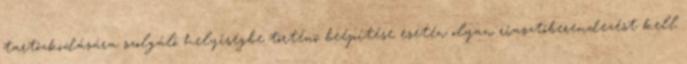
tartózkodására szolgáló helyiségbe történõ beépítése esetén olyan riasztóberendezést kell